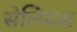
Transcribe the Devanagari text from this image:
सेलियस